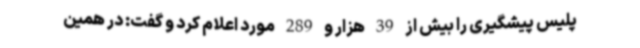
پلیس پیشگیری را بیش از 39 هزار و 289 مورد اعلام کرد و گفت: در همین